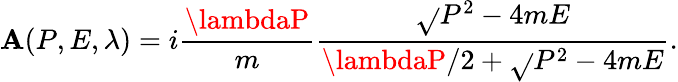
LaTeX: \mathbf{A}(P,E,\lambda)=i{\frac{{\lambdaP}}{{m}}}{\frac{{\sqrt{}{{P^{2}-4mE}}}}{{{\lambdaP/2}+\sqrt{}{{P^{2}-4mE}}}}}.